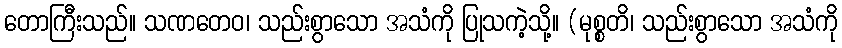
တောကြီးသည်။ သဏတေဝ၊ သည်းစွာသော အသံကို ပြုသကဲ့သို့။ (မုစ္စတိ၊ သည်းစွာသော အသံကို